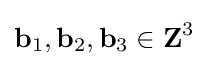
\mathbf {b} _{1},\mathbf {b} _{2},\mathbf {b} _{3}\in \mathbf {Z} ^{3}